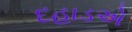
દહાડએ